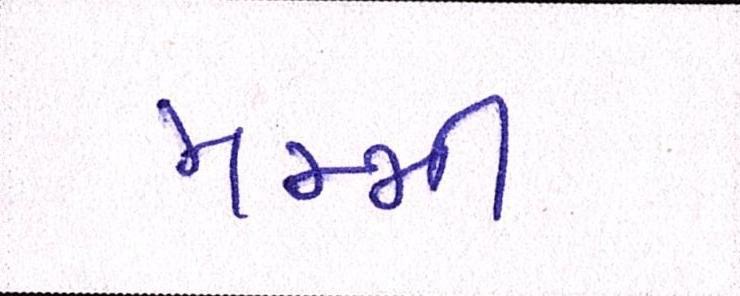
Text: મમ્મી